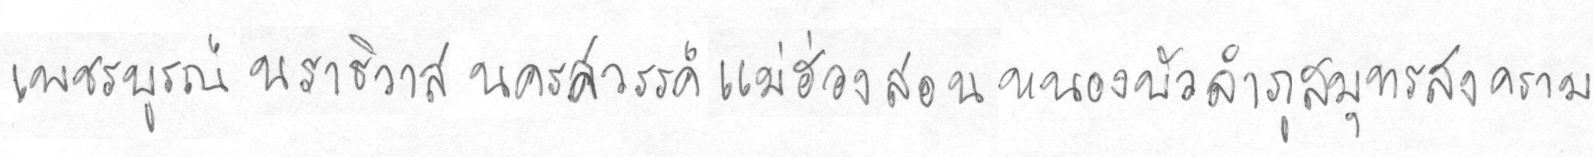
เพชรบรูณ์นราธิวาสนครสววรรค์แม่ฮ่องสอนหนองบัวลำภูสมุทรสงคราม